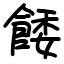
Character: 餧